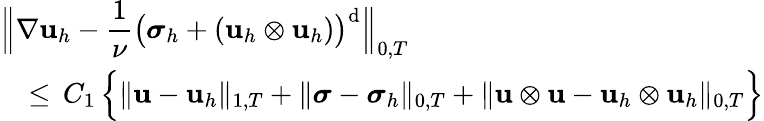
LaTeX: \begin{array}{l}{\displaystyle\Big\| \nabla\mathbf{u}_{h}-\frac{1}{\nu}\big({\boldsymbol\sigma}_{h}+(\mathbf{u}_{h}\otimes\mathbf{u}_{h})\big)^{\mathrm{d}}\Big\| _{0,T}}\\ {\displaystyle\quad\leq\, C_{1}\, \Big\{ \| \mathbf{u}-\mathbf{u}_{h}\| _{1,T}+\| {\boldsymbol\sigma}-{\boldsymbol\sigma}_{h}\| _{0,T}+\| \mathbf{u}\otimes\mathbf{u}-\mathbf{u}_{h}\otimes\mathbf{u}_{h}\| _{0,T}\Big\} }\end{array}